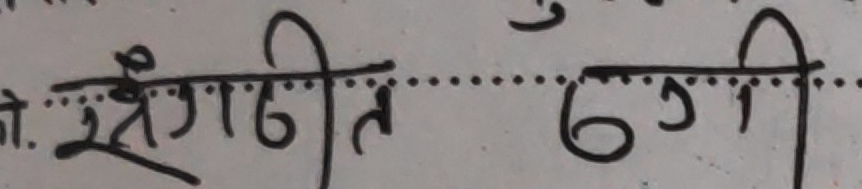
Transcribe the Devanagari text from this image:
संगठित बढी